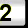
Digit: 2